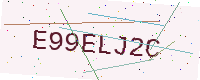
Text: E99ELJ2C